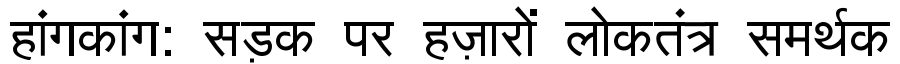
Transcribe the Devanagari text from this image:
हांगकांग: सड़क पर हज़ारों लोकतंत्र समर्थक